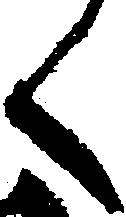
く